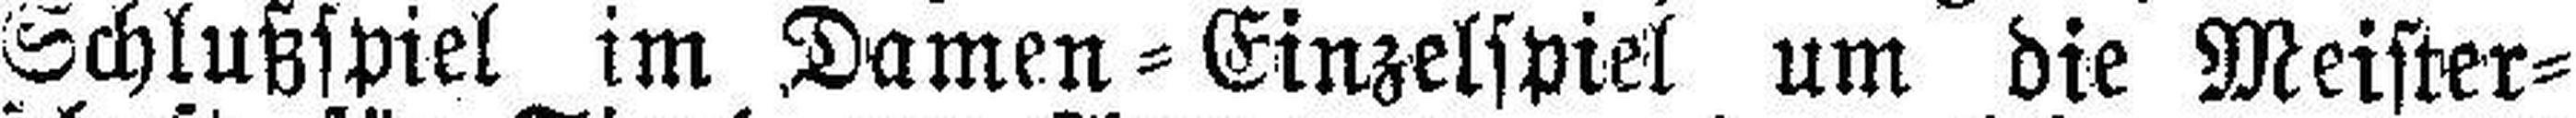
Schlußspiel im Damen=Einzelspiel um die Meister¬